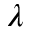
\lambda